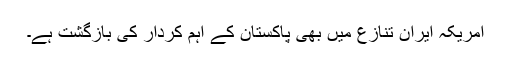
امریکہ ایران تنازع میں بھی پاکستان کے اہم کردار کی بازگشت ہے۔